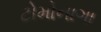
ટોમોનાગા